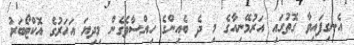
އެނގިފައިވާ ގޮތުގައި އަރުމޭނިއާގެ މި ދެ ބެއިންގެ ހިއްސާވެގެން މިދިޔަ އަހަރުގެ އޮކްޓޯބަރު